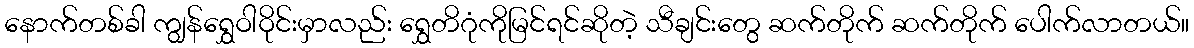
နောက်တစ်ခါ ကျွန်ရွှေဝါဝိုင်းမှာလည်း ရွှေတိဂုံကိုမြင်ရင်ဆိုတဲ့ သီချင်းတွေ ဆက်တိုက် ဆက်တိုက် ပေါက်လာတယ်။